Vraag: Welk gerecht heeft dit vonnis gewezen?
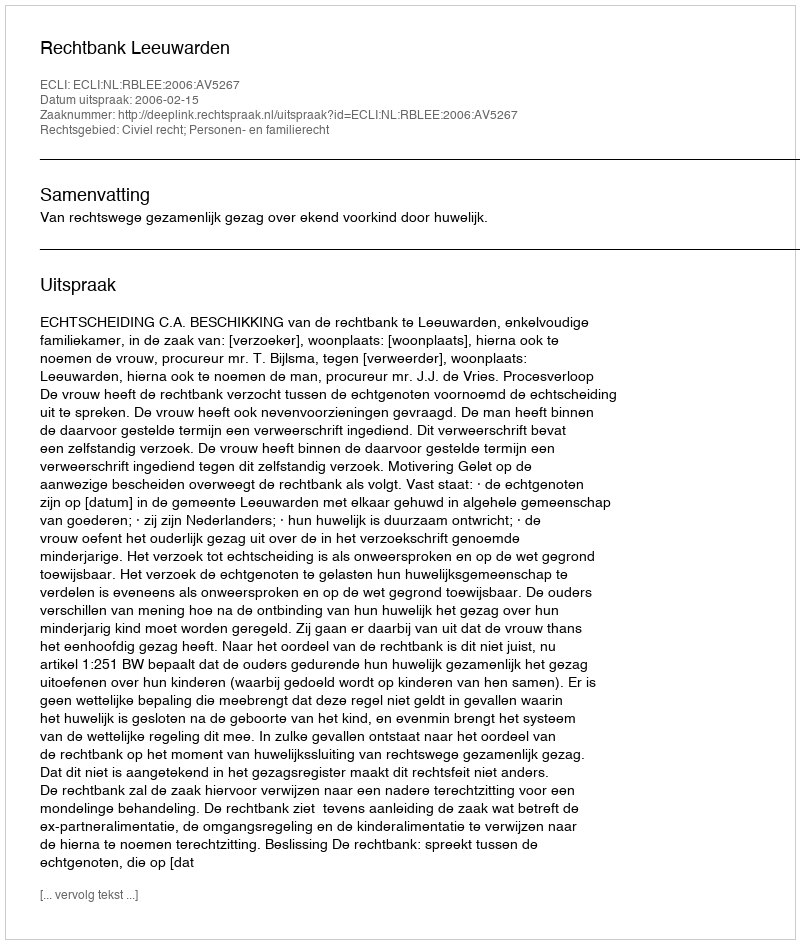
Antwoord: Rechtbank Leeuwarden